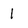
Character: 1